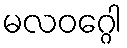
မလဝဂ္ဂေါ